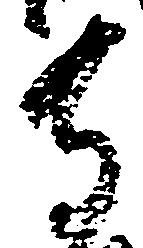
寺